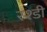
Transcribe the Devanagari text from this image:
रश्डी